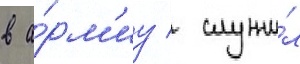
в а́рм'иу / служи́л